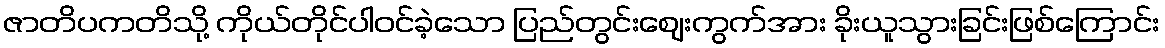
ဇာတိပကတိသို့ ကိုယ်တိုင်ပါဝင်ခဲ့သော ပြည်တွင်းဈေးကွက်အား ခိုးယူသွားခြင်းဖြစ်ကြောင်း